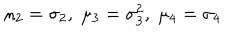
LaTeX: \mu _ { 2 } = \sigma _ { 2 } , \; \mu _ { 3 } = \sigma _ { 3 } ^ { 2 } , \; \mu _ { 4 } = \sigma _ { 4 }